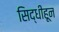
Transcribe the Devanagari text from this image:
सिद्धीहून